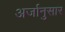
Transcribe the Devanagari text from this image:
अर्जानुसार